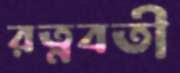
রত্নবতী